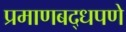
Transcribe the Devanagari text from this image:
प्रमाणबद्धपणे